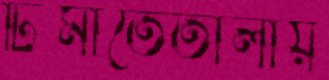
ঢিমাতেতালায়